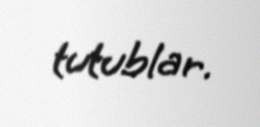
tutublar.